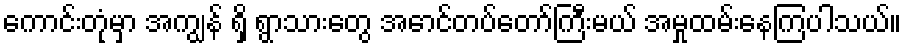
ကောင်းတုံမှာ အကျွန် ရှိ ရွာသားတွေ အောင်တပ်တော်ကြီးမယ် အမှုထမ်းနေကြပါသယ်။